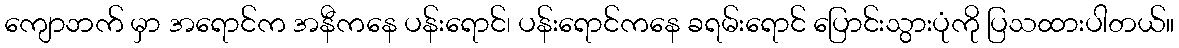
ကျောဘက် မှာ အရောင်က အနီကနေ ပန်းရောင်၊ ပန်းရောင်ကနေ ခရမ်းရောင် ပြောင်းသွားပုံကို ပြသထားပါတယ်။